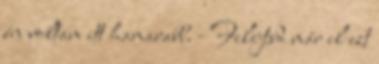
én voltam itt hamarabb. - Felejtsd már el ezt